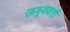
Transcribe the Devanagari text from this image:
ऊध्र्ववर्ती